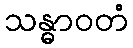
သန္ဓာဝတံ